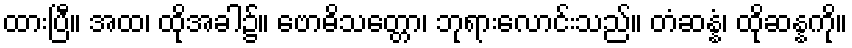
ထားပြီ။ အထ၊ ထိုအခါ၌။ ဗောဓိသတ္တော၊ ဘုရားလောင်းသည်။ တံဆန္နံ၊ ထိုဆန္နကို။